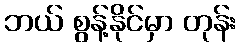
ဘယ် စွန့်နိုင်မှာ တုန်း